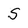
Character: S